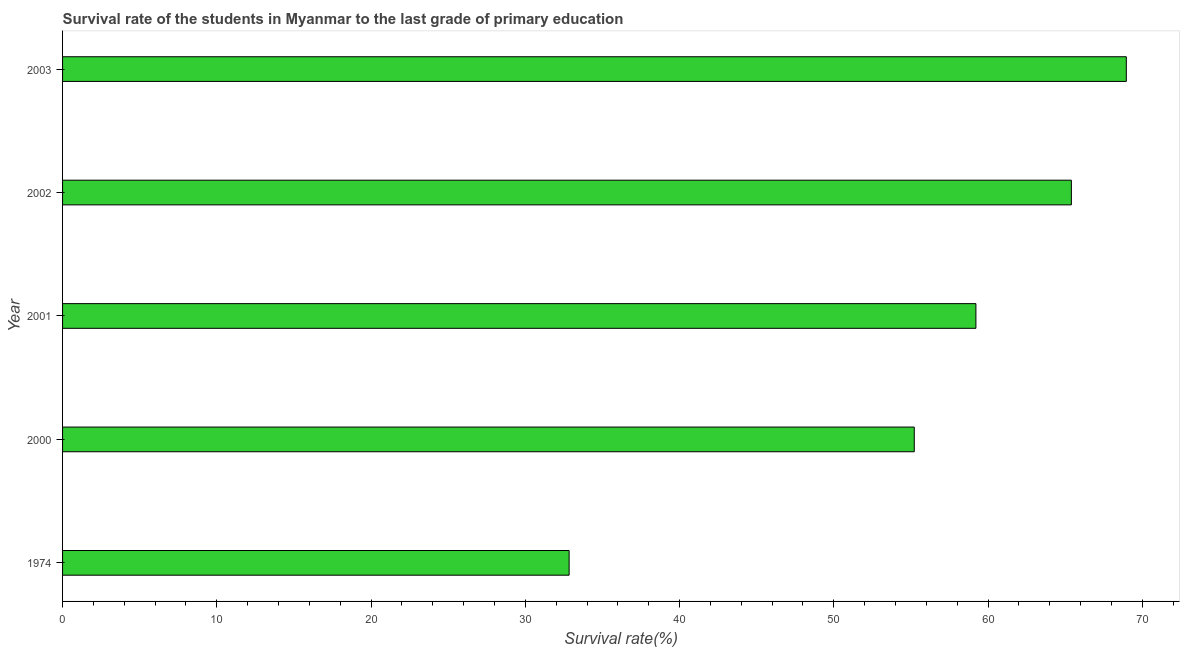
| Year | Primary Education |
 | --- | --- |
 | 1974 | 32.8 |
 | 2000 | 55.2 |
 | 2001 | 59.2 |
 | 2002 | 65.4 |
 | 2003 | 69 |